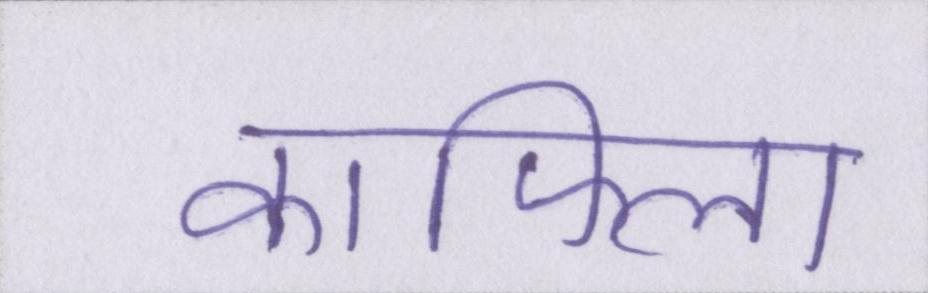
काफिला